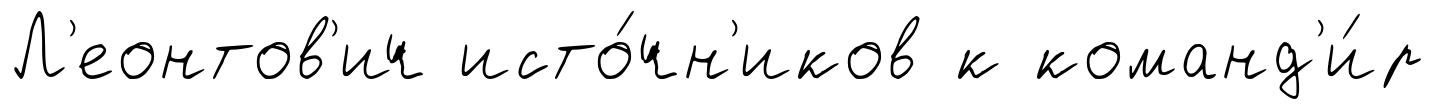
Л'еонтов'ич исто́чн'иков к команд'и́р